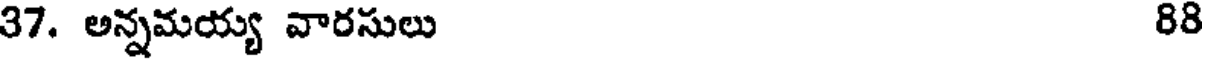
37. అన్నమయ్య వారసులు 88